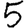
Digit: 5